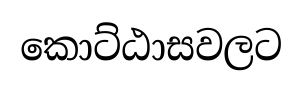
කොට්ඨාසවලට